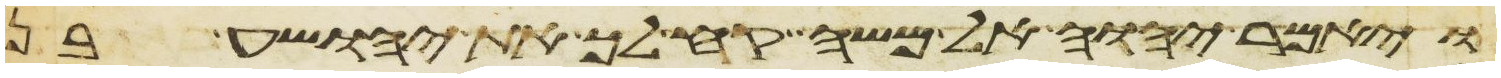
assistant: ויאמר יהוה אל משה קח לך את יהושע בן